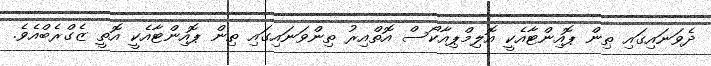
ދެވަނައިގައި ތިން ޕޮއިންޓާއެކީ އޮލިމްޕިއާކޯސް އޮތްއިރު ތިންވަނައިގައި ތިން ޕޮއިންޓާއެކީ އޮތީ ޒެގްރެބްއެވެ.